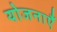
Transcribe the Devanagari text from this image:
योजनाऍं